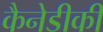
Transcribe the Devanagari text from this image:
कैनेडीकी